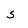
Character: 5